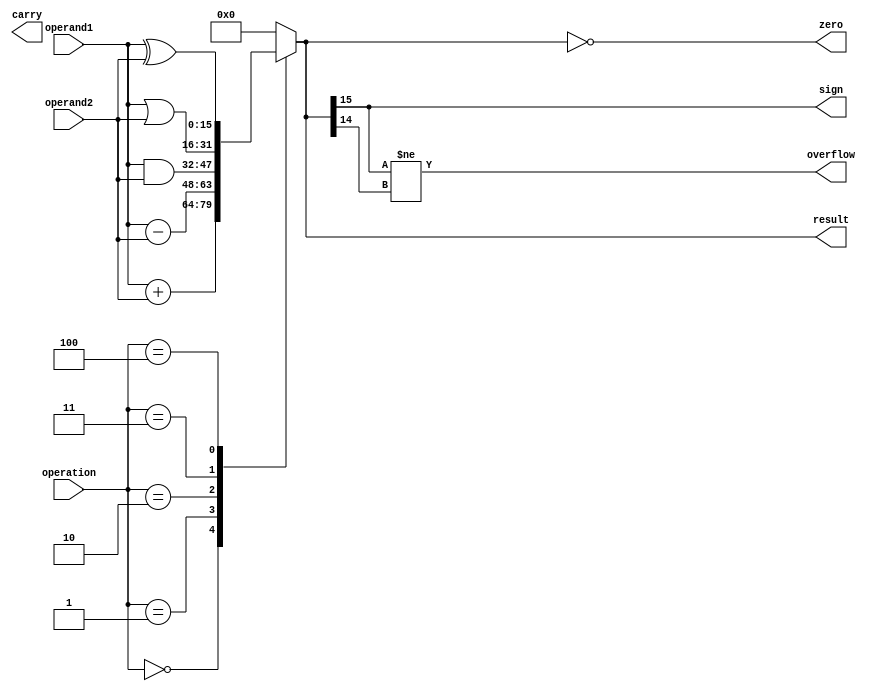
module ALU (
    input [15:0] operand1,
    input [15:0] operand2,
    input [2:0] operation,
    output [15:0] result,
    output overflow,
    output carry,
    output zero,
    output sign
);

reg [15:0] result;

always @(*) begin
    case(operation)
        3'b000: result = operand1 + operand2; // Addition
        3'b001: result = operand1 - operand2; // Subtraction
        3'b010: result = operand1 & operand2; // Bitwise AND
        3'b011: result = operand1 | operand2; // Bitwise OR
        3'b100: result = operand1 ^ operand2; // Bitwise XOR
        default: result = 16'b0; // Default case
    endcase
end

assign overflow = (result[15] != result[14]); // Detect overflow
assign carry = (result[16] == 1); // Detect carry
assign zero = (result == 16'b0); // Detect zero result
assign sign = result[15]; // Get sign bit

endmodule